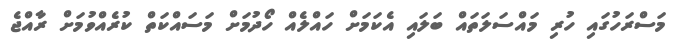
މަސްރަހުގައި ހުރި މައްސަލަތައް ބަލައި އެކަމަށް ހައްލެއް ހޯދުމަށް މަސައްކަތް ކުރެއްވުމަށް ރާއްޖެ